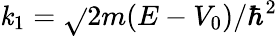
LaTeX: \mathit{k}_{1}={\sqrt{}{{2m(E-V_{0})/\hbar^{2}}}}